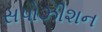
સપોઝીશન